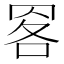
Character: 𦊹